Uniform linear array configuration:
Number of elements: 16
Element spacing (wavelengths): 0.5
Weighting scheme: kaiser
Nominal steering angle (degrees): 0
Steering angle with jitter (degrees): -1.223
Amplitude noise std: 0.05
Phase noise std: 0.05

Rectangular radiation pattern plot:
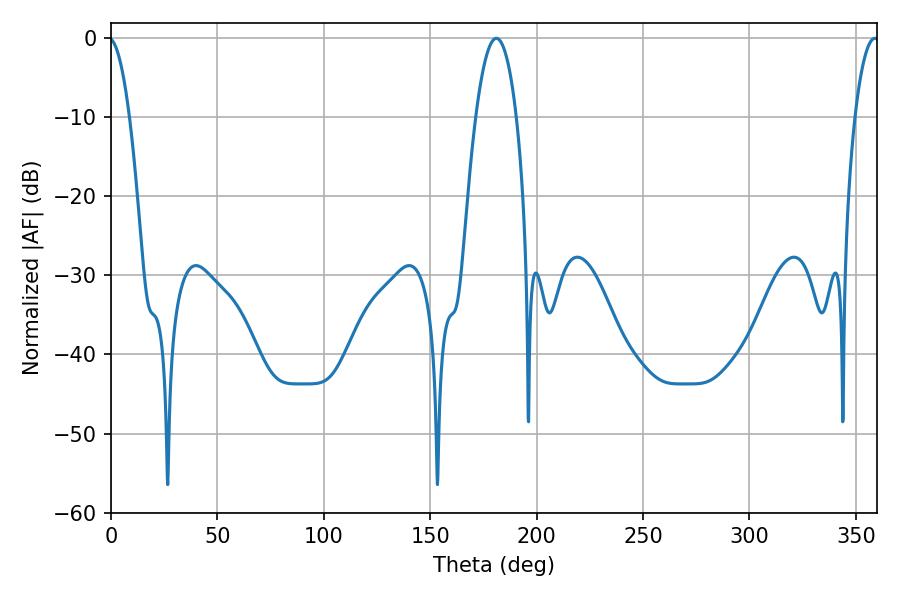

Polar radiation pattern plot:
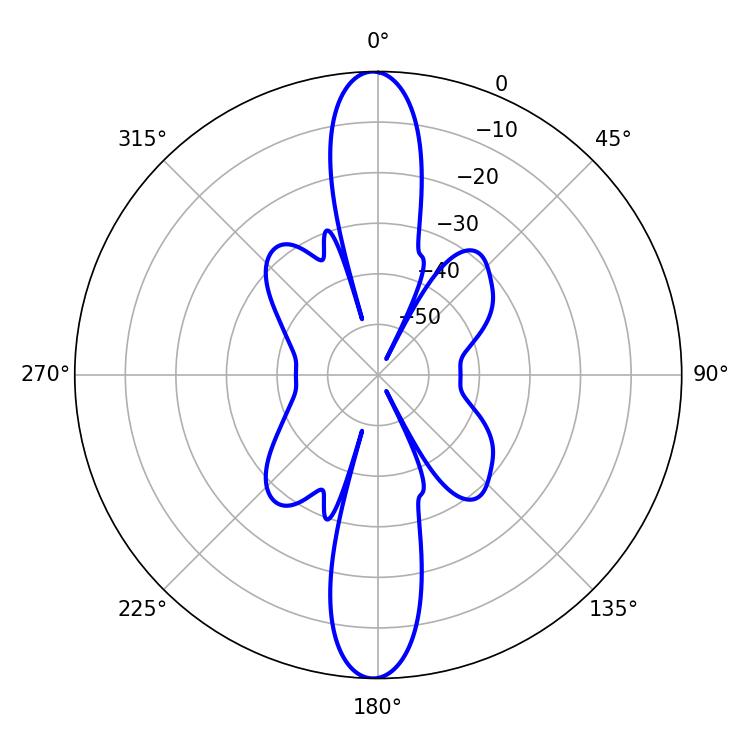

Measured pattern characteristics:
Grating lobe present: FALSE
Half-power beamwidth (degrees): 6.3
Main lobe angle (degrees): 358.92